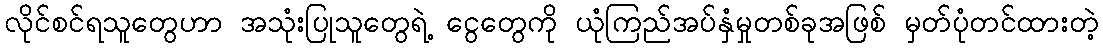
လိုင်စင်ရသူတွေဟာ အသုံးပြုသူတွေရဲ့ ငွေတွေကို ယုံကြည်အပ်နှံမှုတစ်ခုအဖြစ် မှတ်ပုံတင်ထားတဲ့